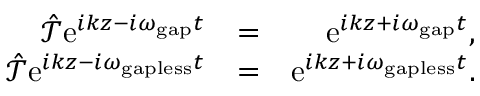
\begin{array} { r l r } { \hat { \mathcal T } \mathrm { e } ^ { i k z - i \omega _ { \mathrm { g a p } } t } } & { = } & { \mathrm { e } ^ { i k z + i \omega _ { \mathrm { g a p } } t } , } \\ { \hat { \mathcal T } \mathrm { e } ^ { i k z - i \omega _ { \mathrm { g a p l e s s } } t } } & { = } & { \mathrm { e } ^ { i k z + i \omega _ { \mathrm { g a p l e s s } } t } . } \end{array}